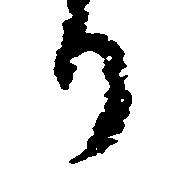
り